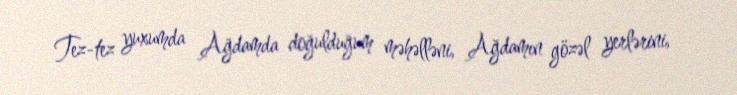
Tez-tez yuxumda Ağdamda doğulduğum məhəlləni, Ağdamın gözəl yerlərini,